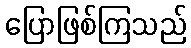
ပြောဖြစ်ကြသည်